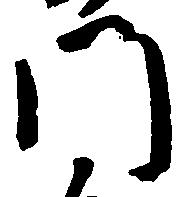
門